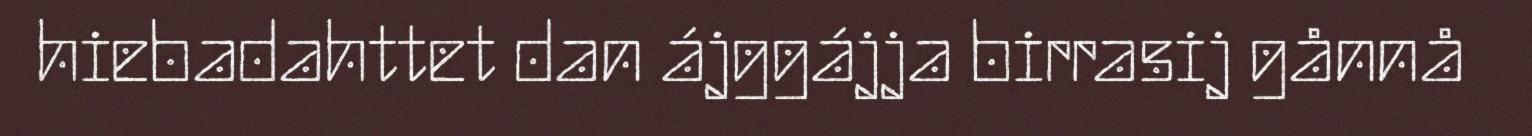
hiebadahttet dan ájggájja birrasij gånnå